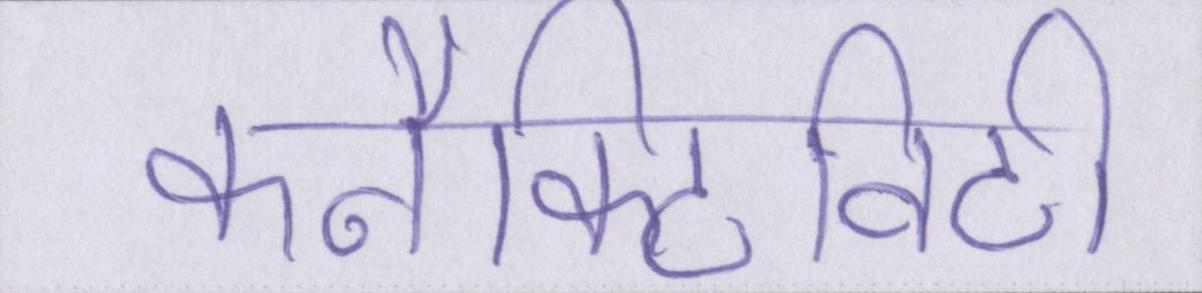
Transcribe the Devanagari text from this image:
कनैक्टिविटी